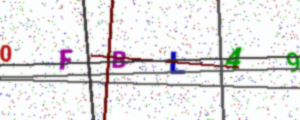
Text: 0FBL49